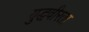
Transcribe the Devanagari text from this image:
युद्धवीरता